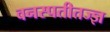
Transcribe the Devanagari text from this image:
वनस्पतीतज्ज्ञ